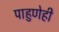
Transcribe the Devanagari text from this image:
पाहुणेही